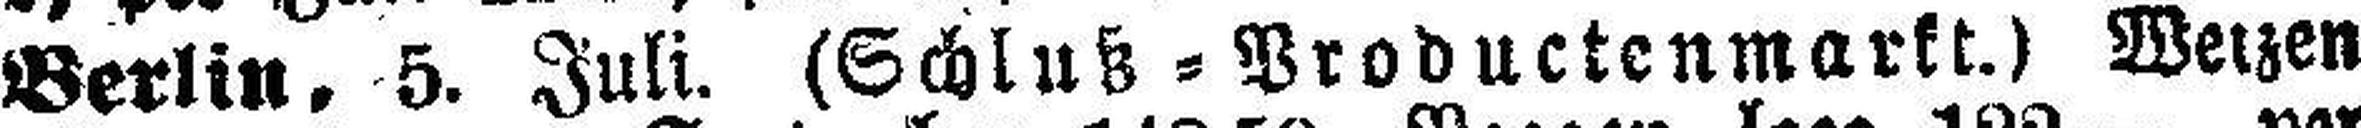
Berlin, 5. Juli. (Schluß=Productenmarkt.) Weizen